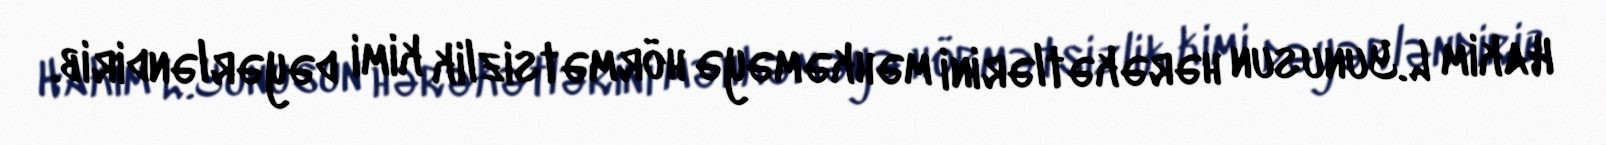
Hakim L.Yunusun hərəkətlərini məhkəməyə hörmətsizlik kimi dəyərləndirib.